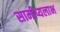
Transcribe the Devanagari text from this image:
सामीप्यलाभ